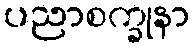
ပညာစက္ခုနာ